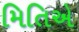
મિતિએ